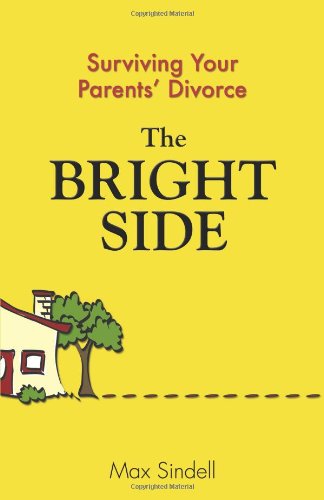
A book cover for The Bright Side: Surviving Your Parents' Divorce; Max Sindell; Teen & Young Adult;